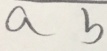
a b